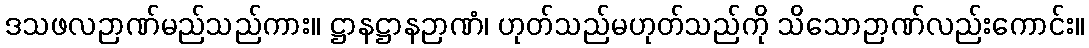
ဒသဖလဉာဏ်မည်သည်ကား။ ဋ္ဌာနဋ္ဌာနဉာဏံ၊ ဟုတ်သည်မဟုတ်သည်ကို သိသောဉာဏ်လည်းကောင်း။